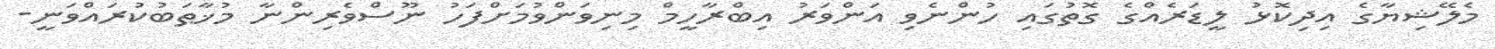
މެލޭޝިޔާގެ އިދިކޮޅު ލީޑަރެއްގެ ގޮތުގައި ހުންނެވި އަންވަރު އިބްރާހީމް މިނިވަންވުމަށްފަހު ނޫސްވެރިންނާ މުޚާޠަބުކުރައްވަނީ-